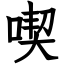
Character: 喫